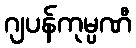
ဂျပန်ကုမ္ပဏီ